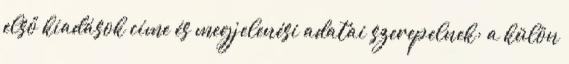
első kiadások címe és megjelenési adatai szerepelnek; a külön